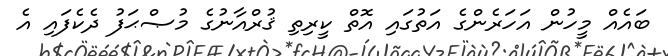
ބައެއް މީހުން އަހަރެންގެ އަތުގައި އޮތް ކީރިތި ޤުރްއާނުގެ މުޞްޙަފު ދެކެފައި އެ